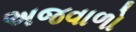
અજવાળો